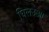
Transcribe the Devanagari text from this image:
घिलउआ